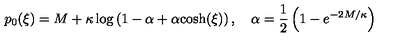
p _ { 0 } ( \xi ) = M + \kappa \log \left( 1 - \alpha + \alpha { \cosh } ( \xi ) \right) , \quad \alpha = \frac 1 2 \left( 1 - e ^ { - 2 M / \kappa } \right)